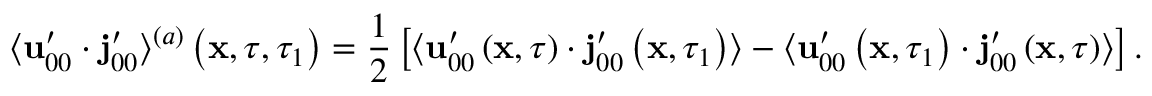
\langle \mathbf { u } _ { 0 0 } ^ { \prime } \cdot \mathbf { j } _ { 0 0 } ^ { \prime } \rangle ^ { ( a ) } \left( \mathbf { x } , \tau , \tau _ { 1 } \right) = \frac { 1 } { 2 } \left[ \langle \mathbf { u } _ { 0 0 } ^ { \prime } \left( \mathbf { x } , \tau \right) \cdot \mathbf { j } _ { 0 0 } ^ { \prime } \left( \mathbf { x } , \tau _ { 1 } \right) \rangle - \langle \mathbf { u } _ { 0 0 } ^ { \prime } \left( \mathbf { x } , \tau _ { 1 } \right) \cdot \mathbf { j } _ { 0 0 } ^ { \prime } \left( \mathbf { x } , \tau \right) \rangle \right] .